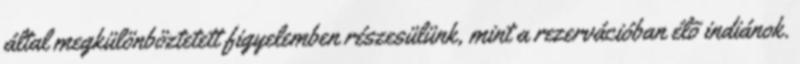
által megkülönböztetett figyelemben részesülünk, mint a rezervációban élõ indiánok.